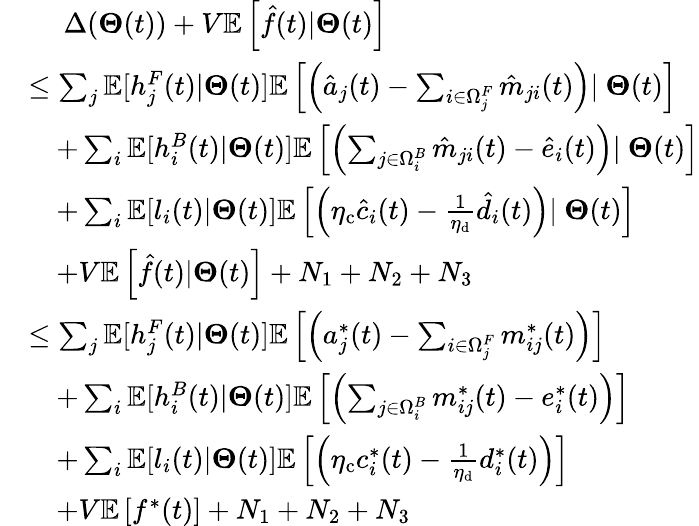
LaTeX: \begin{array}{rl}&{\quad~\Delta(\boldsymbol{\Theta}(t))+V\mathbb{E}\left[\hat{f}(t)|\boldsymbol{\Theta}(t)\right]}\\ &{\le\sum_{j}\mathbb{E}[h_{j}^{F}(t)|\boldsymbol{\Theta}(t)]\mathbb{E}\left[\left(\hat{a}_{j}(t)-\sum_{i\in\Omega_{j}^{F}}\hat{m}_{ji}(t)\right)|~\boldsymbol{\Theta}(t)\right]}\\ &{\quad+\sum_{i}\mathbb{E}[h_{i}^{B}(t)|\boldsymbol{\Theta}(t)]\mathbb{E}\left[\left(\sum_{j\in\Omega_{i}^{B}}\hat{m}_{ji}(t)-\hat{e}_{i}(t)\right)|~\boldsymbol{\Theta}(t)\right]}\\ &{\quad+\sum_{i}\mathbb{E}[l_{i}(t)|\boldsymbol{\Theta}(t)]\mathbb{E}\left[\left(\eta_{\mathrm{c}}\hat{c}_{i}(t)-\frac{1}{\eta_{\mathrm{d}}}\hat{d}_{i}(t)\right)|~\boldsymbol{\Theta}(t)\right]}\\ &{\quad+V\mathbb{E}\left[\hat{f}(t)|\boldsymbol{\Theta}(t)\right]+N_{1}+N_{2}+N_{3}}\\ &{\le\sum_{j}\mathbb{E}[h_{j}^{F}(t)|\boldsymbol{\Theta}(t)]\mathbb{E}\left[\left(a_{j}^{*}(t)-\sum_{i\in\Omega_{j}^{F}}m_{ij}^{*}(t)\right)\right]}\\ &{\quad+\sum_{i}\mathbb{E}[h_{i}^{B}(t)|\boldsymbol{\Theta}(t)]\mathbb{E}\left[\left(\sum_{j\in\Omega_{i}^{B}}m_{ij}^{*}(t)-e_{i}^{*}(t)\right)\right]}\\ &{\quad+\sum_{i}\mathbb{E}[l_{i}(t)|\boldsymbol{\Theta}(t)]\mathbb{E}\left[\left(\eta_{\mathrm{c}}c_{i}^{*}(t)-\frac{1}{\eta_{\mathrm{d}}}d_{i}^{*}(t)\right)\right]}\\ &{\quad+V\mathbb{E}\left[f^{*}(t)\right]+N_{1}+N_{2}+N_{3}}\end{array}